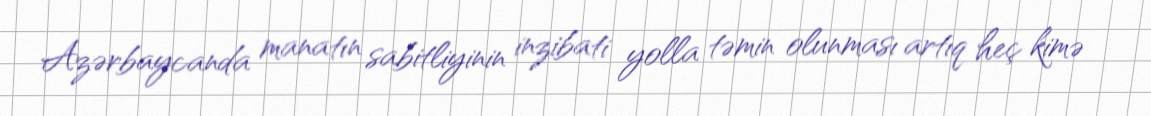
Azərbaycanda manatın sabitliyinin inzibati yolla təmin olunması artıq heç kimə